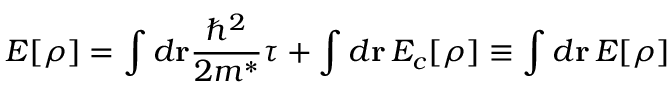
E [ \rho ] = \int d { \mathbf r } \frac { \hbar ^ { 2 } } { 2 m ^ { * } } \tau + \int d { \mathbf r } \, { \cal E } _ { c } [ \rho ] \equiv \int d { \mathbf r } \, { \cal E } [ \rho ]